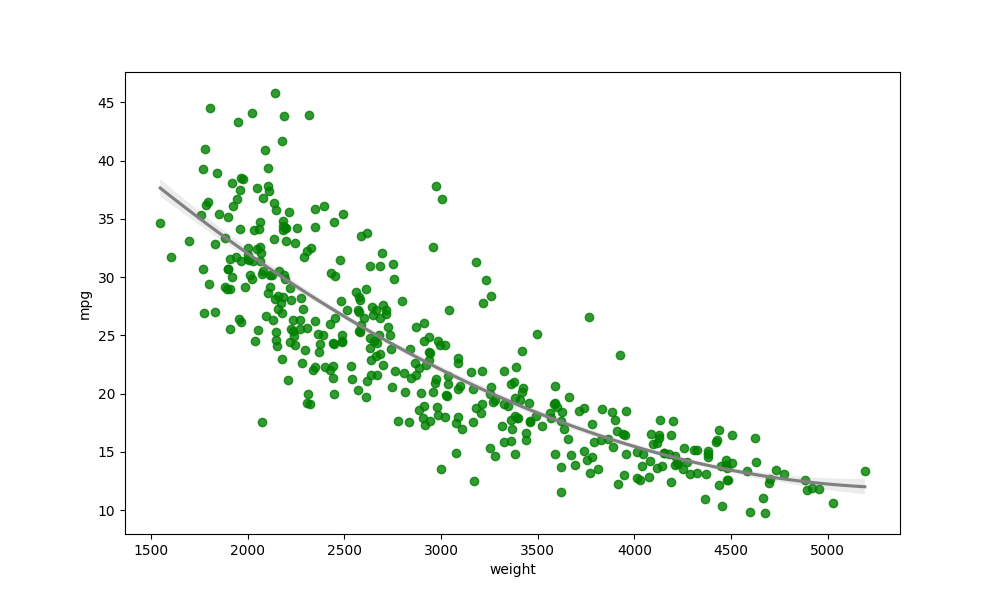
python, seaborn, regplot, order=2, ci=68, scatter_color=green, line_color=gray